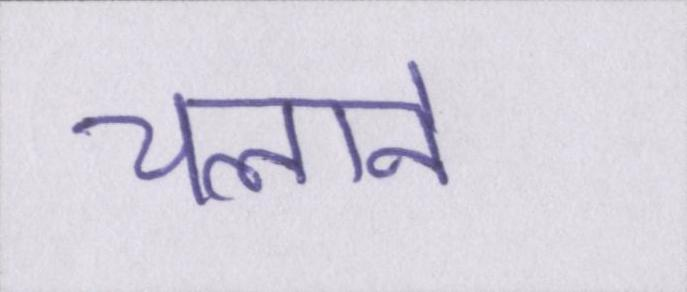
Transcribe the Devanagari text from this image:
चलाने